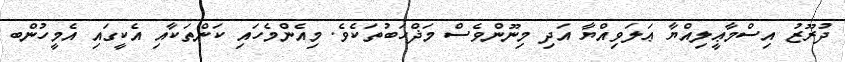
ދުރޫޒު އިސްމާޢީލިއްޔާ ޢަލަވިއްޔާ އަދި މިނޫންވެސް މަޛްހަބުތަކެވެ. މިއެންމެހައި ކަންތަކާއި އެކީގައި އެމީހުންބ